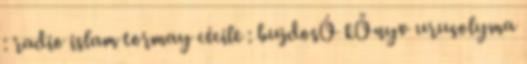
: radio islam tormay cécile : bujdosÓ kÖnyv urusolyma